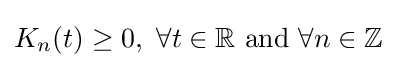
K_{n}(t)\geq 0,\,\,\forall t\in \mathbb {R} {\text{ and }}\forall n\in \mathbb {Z}